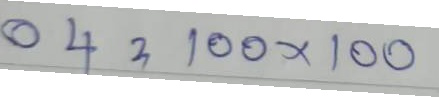
04 = 100 x 100